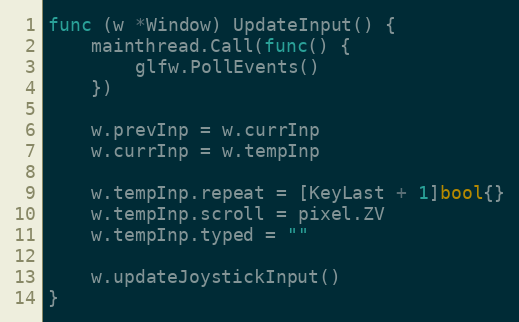
Language: Go
func (w *Window) UpdateInput() {
	mainthread.Call(func() {
		glfw.PollEvents()
	})

	w.prevInp = w.currInp
	w.currInp = w.tempInp

	w.tempInp.repeat = [KeyLast + 1]bool{}
	w.tempInp.scroll = pixel.ZV
	w.tempInp.typed = ""

	w.updateJoystickInput()
}